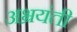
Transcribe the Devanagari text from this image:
अभ्रयंती